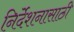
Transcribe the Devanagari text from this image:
निर्देशनासाठी